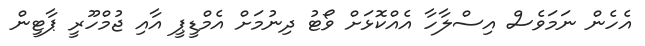
އެހެން ނަމަވެސް އިސްލާހާ އެއްކޮޅަށް ވޯޓު ދިނުމަށް އެމްޑީޕީ އާއި ޖުމްހޫރީ ޕާޓީން